Mental hospitals Bombay report 1921-28 - 1921-1928
Year: 1921
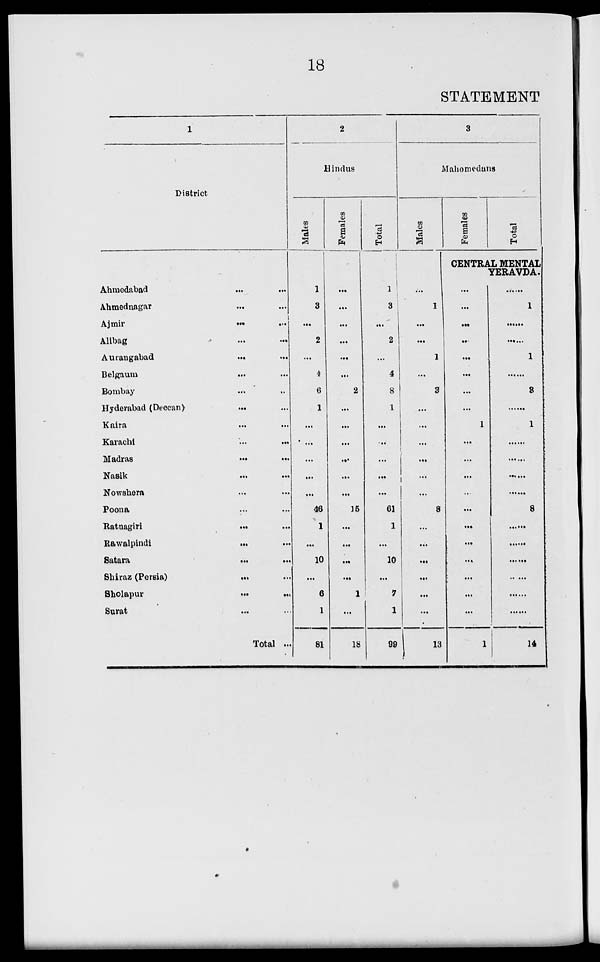
18
STATEMENT
1
District
Ahmedabad ... ...
Ahmednagar ... ...
Ajmir
...
...
Alibag ... ...
Aurangabad
...
...
Belgaum ... ...
Bombay
...
...
Hyderabad
(Deccan)
... ...
Kaira ... ...
Karachi
...
...
Madras
...
...
Nasik ... ...
Nowshera ... ...
Poona ... ...
Ratnagiri ... ...
Rawalpindi
...
...
Satara
...
...
Shiraz (Persia)
...
...
Sholapur ... ...
Surat ... ...
Total ...
2
Hindus
Males
1
3
...
2
...
4
6
1
...
...
...
...
...
46
1
...
10
...
6
1
81
Females
...
...
...
...
...
...
2
...
...
...
...
...
...
15
...
...
...
...
1
...
18
Total
1
3
...
2
...
4
8
1
...
..
...
...
...
61
1
...
10
...
7
1
99
3
Mahomedans
Males
...
1
...
...
1
...
3
...
...
...
...
...
...
8
...
...
...
...
...
...
13
Females
Total
CENTRAL MENTAL
YERAVDA.
...
...
...
...
...
...
...
...
1
...
...
...
...
...
...
...
...
...
...
...
1
......
1
......
......
1
......
3
......
1
......
......
......
......
8
......
......
......
......
......
......
14